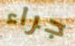
جراء